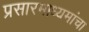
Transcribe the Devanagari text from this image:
प्रसारमाध्यमांचा